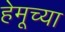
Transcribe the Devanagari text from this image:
हेमूच्या